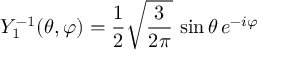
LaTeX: Y _ { 1 } ^ { - 1 } ( \theta , \varphi ) = { \frac { 1 } { 2 } } { \sqrt { \frac { 3 } { 2 \pi } } } \, \sin \theta \, e ^ { - i \varphi }